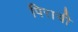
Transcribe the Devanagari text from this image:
पिराची